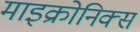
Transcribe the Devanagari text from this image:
माइक्रोनिक्स